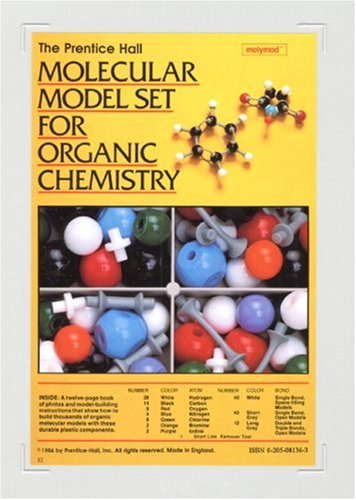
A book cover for Prentice Hall Molecular Model Set For Organic Chemistry; Pearson Education; Science & Math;